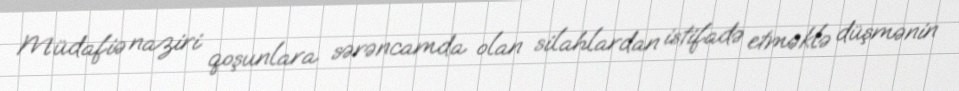
Müdafiə naziri qoşunlara sərəncamda olan silahlardan istifadə etməklə düşmənin